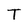
Character: T